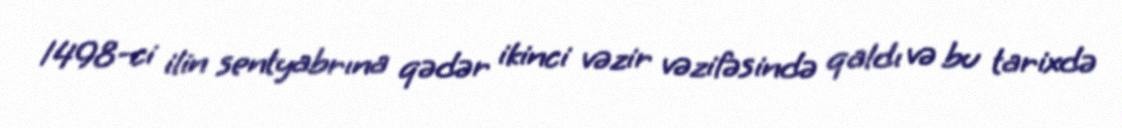
1498-ci ilin sentyabrına qədər ikinci vəzir vəzifəsində qaldı və bu tarixdə